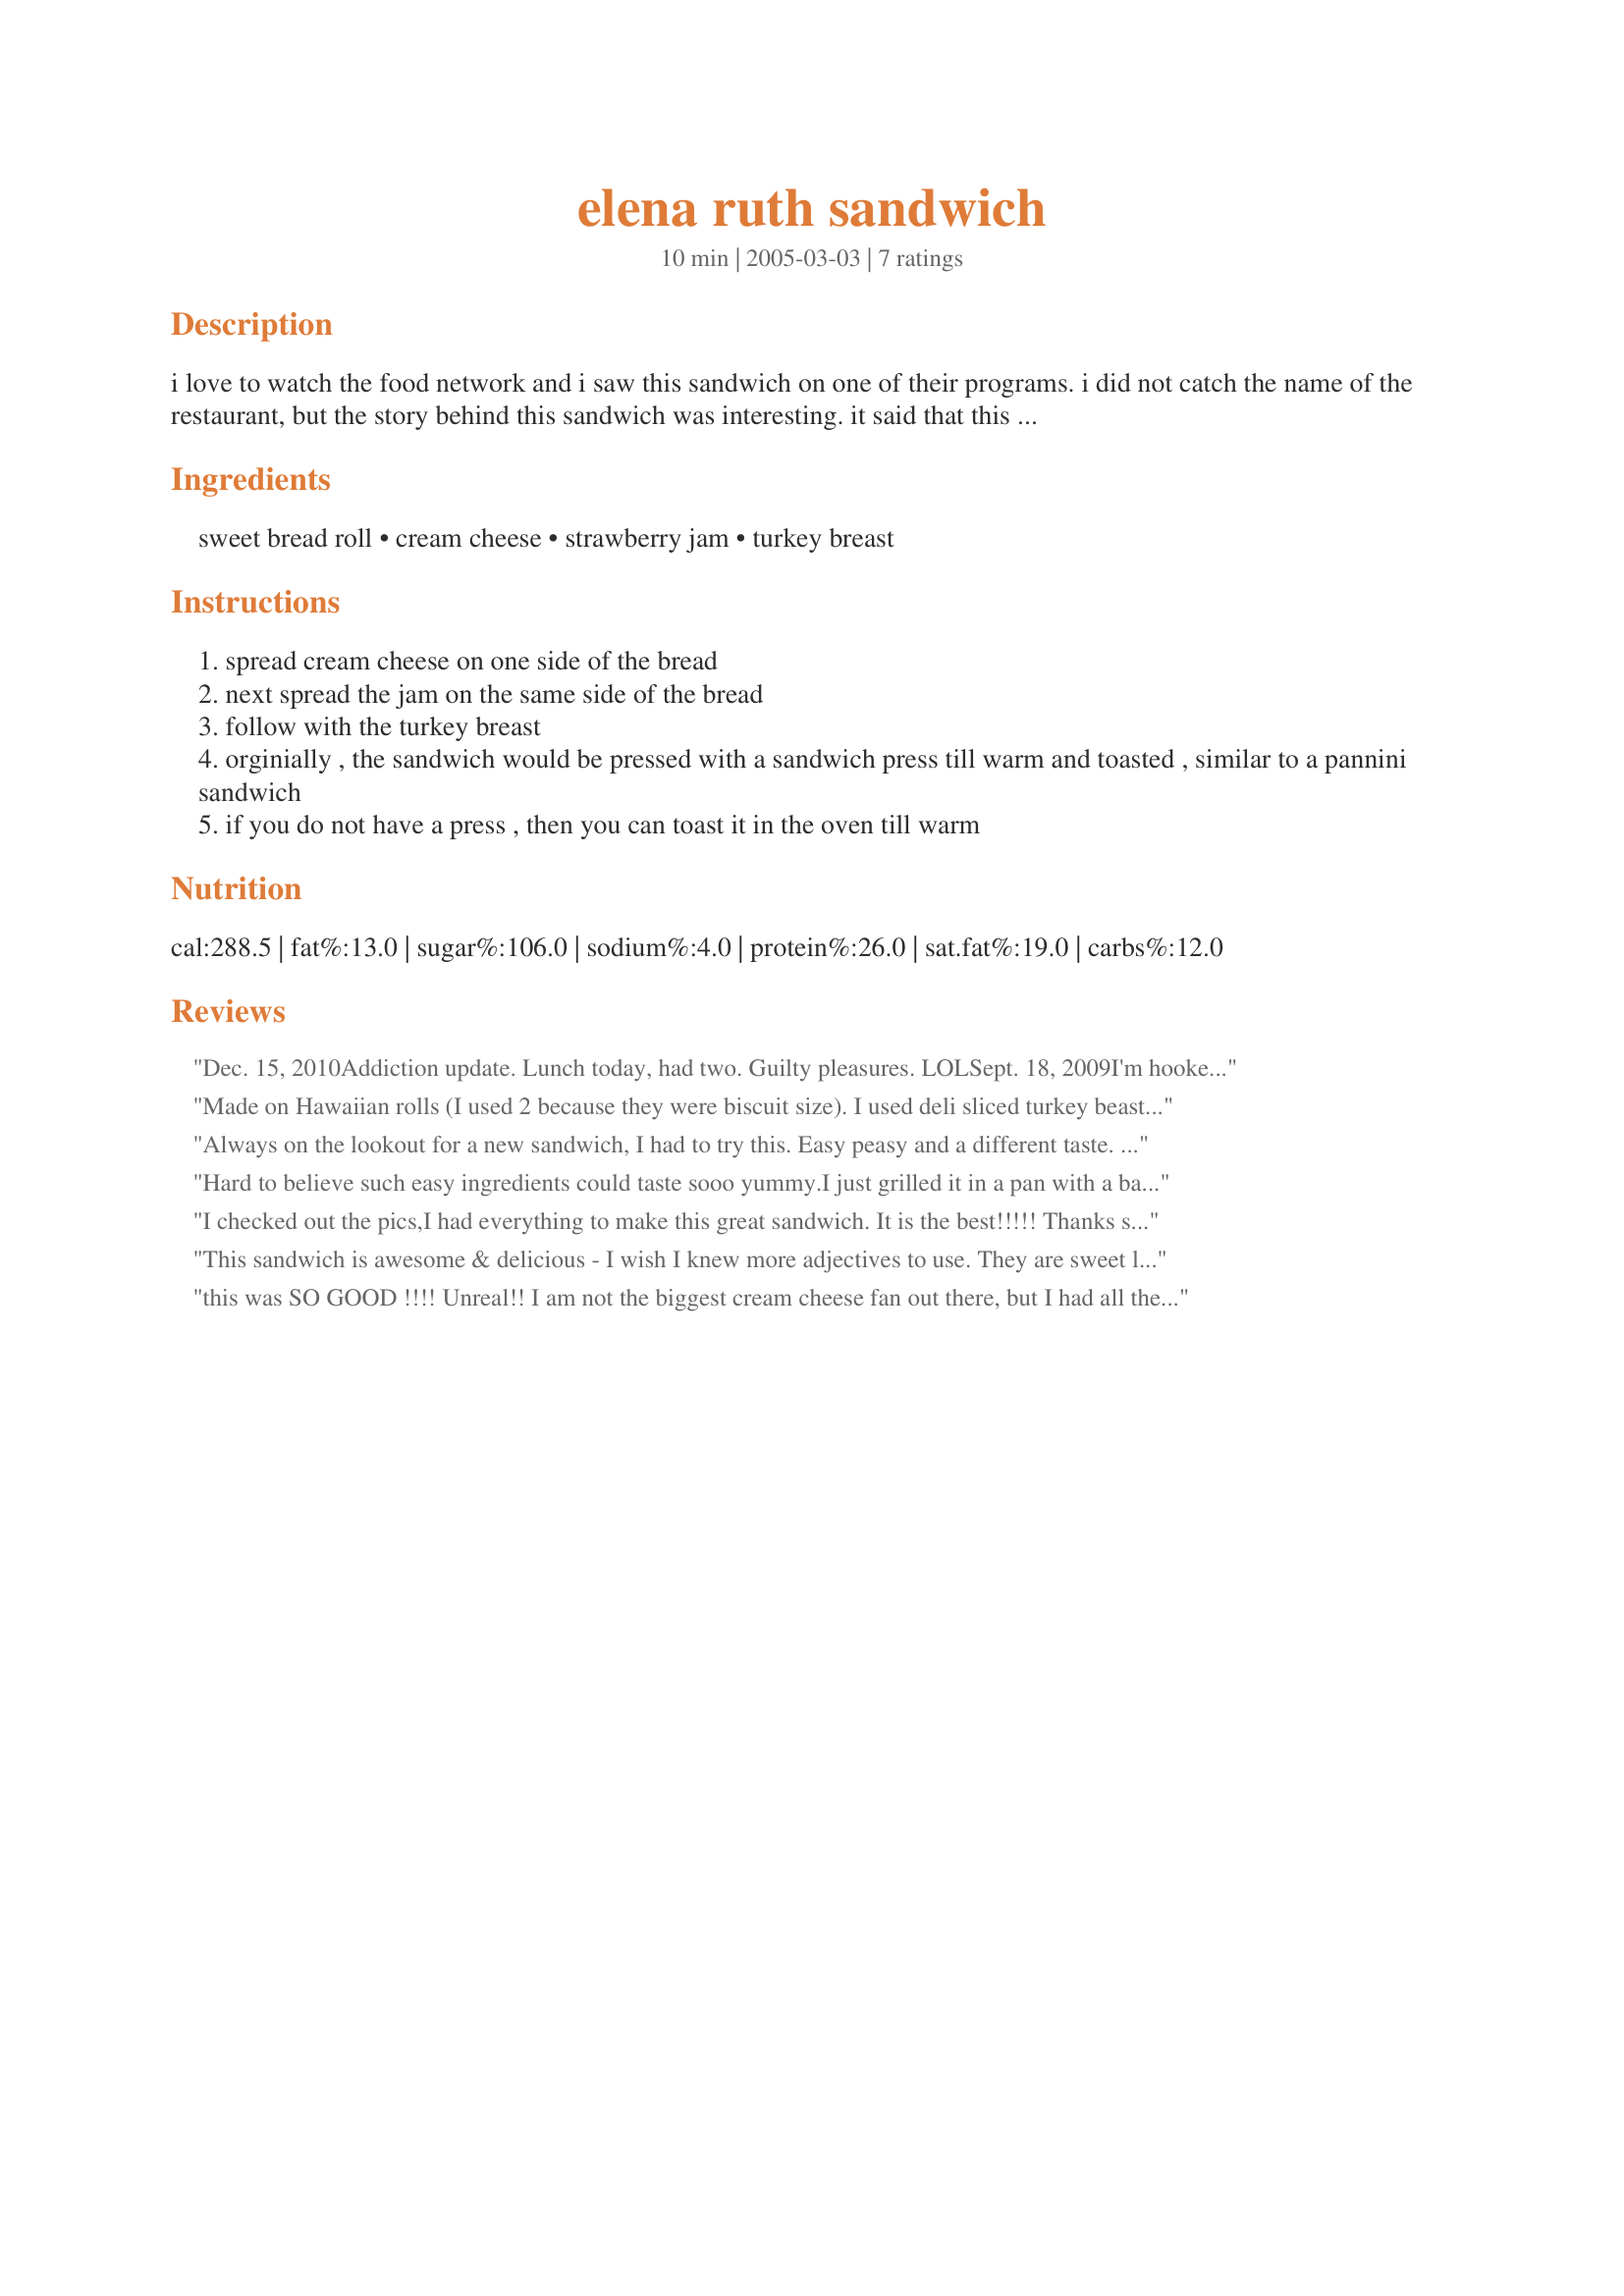
elena ruth sandwich
Preparation time: 10 minutes

i love to watch the food network and i saw this sandwich on one of their programs. i did not catch the name of the restaurant, but the story behind this sandwich was interesting. it said that this sandwich was created for "fussy eater" a father used to take his daughter to lunch on saturdays at this popular restaurant in havana, cuba (before castro) and the daughter was a fussy eater so there were very few things she liked. she loved strawberry jam, so the father asked the waiter to come up with a sandwich for her and so the elena ruth sandwich was born. i have not tried it, but when i saw the recipe, i knew it was something that i would like, however, i am not a fussy eater! the amounts of each ingredient are really to your own taste. i have estimated for the sake of the recipe format. i believe the cuban bread would be midnight sandwich bread or any sweet bread that you like. if you try this, i hope you enjoy it!

addendum: i am adding an explanation of the difference between jam and jelly for our international members. jam vs. jelly and then there are preserves too! all are made with fruit mixed with sugar and pectin the difference comes from the form the fruit takes.

in jelly, the fruit is in the form of fruit juice, so the product is set and is smooth and sometimes slightly opaque. in jam, the fruit is in the form of fruit pulp or crushed fruit. the product is not as stiff as jelly. preserves are made of chunks of fruit set in a syrup (made of fruit juices) or in a jam.

as for the recipe, i believe it is stated to use the jam so the recipe would be true to the original way it was prepared.

Ingredients:
sweet bread roll, cream cheese, strawberry jam, turkey breast

Steps:
spread cream cheese on one side of the bread
next spread the jam on the same side of the bread
follow with the turkey breast
orginially , the sandwich would be pressed with a sandwich press till warm and toasted , similar to a pannini sandwich
if you do not have a press , then you can toast it in the oven till warm

Reviews:
Dec. 15, 2010<br/>Addiction update. Lunch today, had two. Guilty pleasures. LOL<br/>Sept. 18, 2009<br/>I'm hooked on this!!!!<br/> TGirl had posted her photo in Cooking Photos and when I saw it--ran to the kitchen for lunch--and this!<br/>Had to make it on wheat bread grilled in butter (the devil made me, honest! :) )<br/>So delicious and wll become my newest (but not only) addiction. Loved the stories of it's origin. THX, Bobtail for a truly tasty lunch! Caroline<br/>UPDATE: have made many times, but this time made with spreadable cream cheese with chives and raspberry jam. AWESOME!!!!!!!
Made on Hawaiian rolls (I used 2 because they were biscuit size). I used deli sliced turkey beast. The combination of cream cheese, jam, and turkey on a sweet roll is surprisingly delicious! (and this from someone who grew up on peanut butter and bologna sandwiches LOL.)I love these! Thanks for posting Bobtail. Made for When It's Hot Tag Game.
Always on the lookout for a new sandwich, I had to try this. Easy peasy and a different taste. I think this would be awesome with home cooked turky, but I only had the deli type. Thanks for sharing this recipe!
Hard to believe such easy ingredients could taste sooo yummy.I just grilled it in a pan with a bacon press on top.It was delightful.Thanks Bobtail.Rose of Sharon
I checked out the pics,I had everything to make this great sandwich. It is the best!!!!! Thanks so much for posting a great sandwich. It is a keeper.
This sandwich is awesome & delicious - I wish I knew more adjectives to use. They are sweet little pieces of sheer delight!We call them Elena Ruz Sandwiches and they also make them to serve at fancy affairs by using the little Cuban Sandwich bread that is used for bocaditos. They look lovely! I was thumbing through an old Cuban cookbook and there was the Elena Ruz - the story goes that this socialite in the 1930's would go to the El Carmelo Restaurant in Vedado and order it - and you must make it on white bread with crusts removed and lightly toasted. Then we made them here again and the residents went wild & started talking about the sandwich & how much they liked them! It is stated to use jelly and I heard all sorts of wonderful stories about their lives in Cuba (before Castro). The sandwich is one of a kind and is delicious! I am so glad that you posted this lovely recipe. They taste even better the second time! Diane :)
this was SO GOOD !!!! Unreal!! I am not the biggest cream cheese fan out there, but I had all the ingredients on hand, as was starving for lunch. This takes no time to put together, and only a few minutes in the toaster oven to warm through. What a great combination of flavors!!! I will be having this simple but fabulous sandwich again, to be sure!!!! Thank you so much for sharing this delicious recipe!!!!!
Teresa
